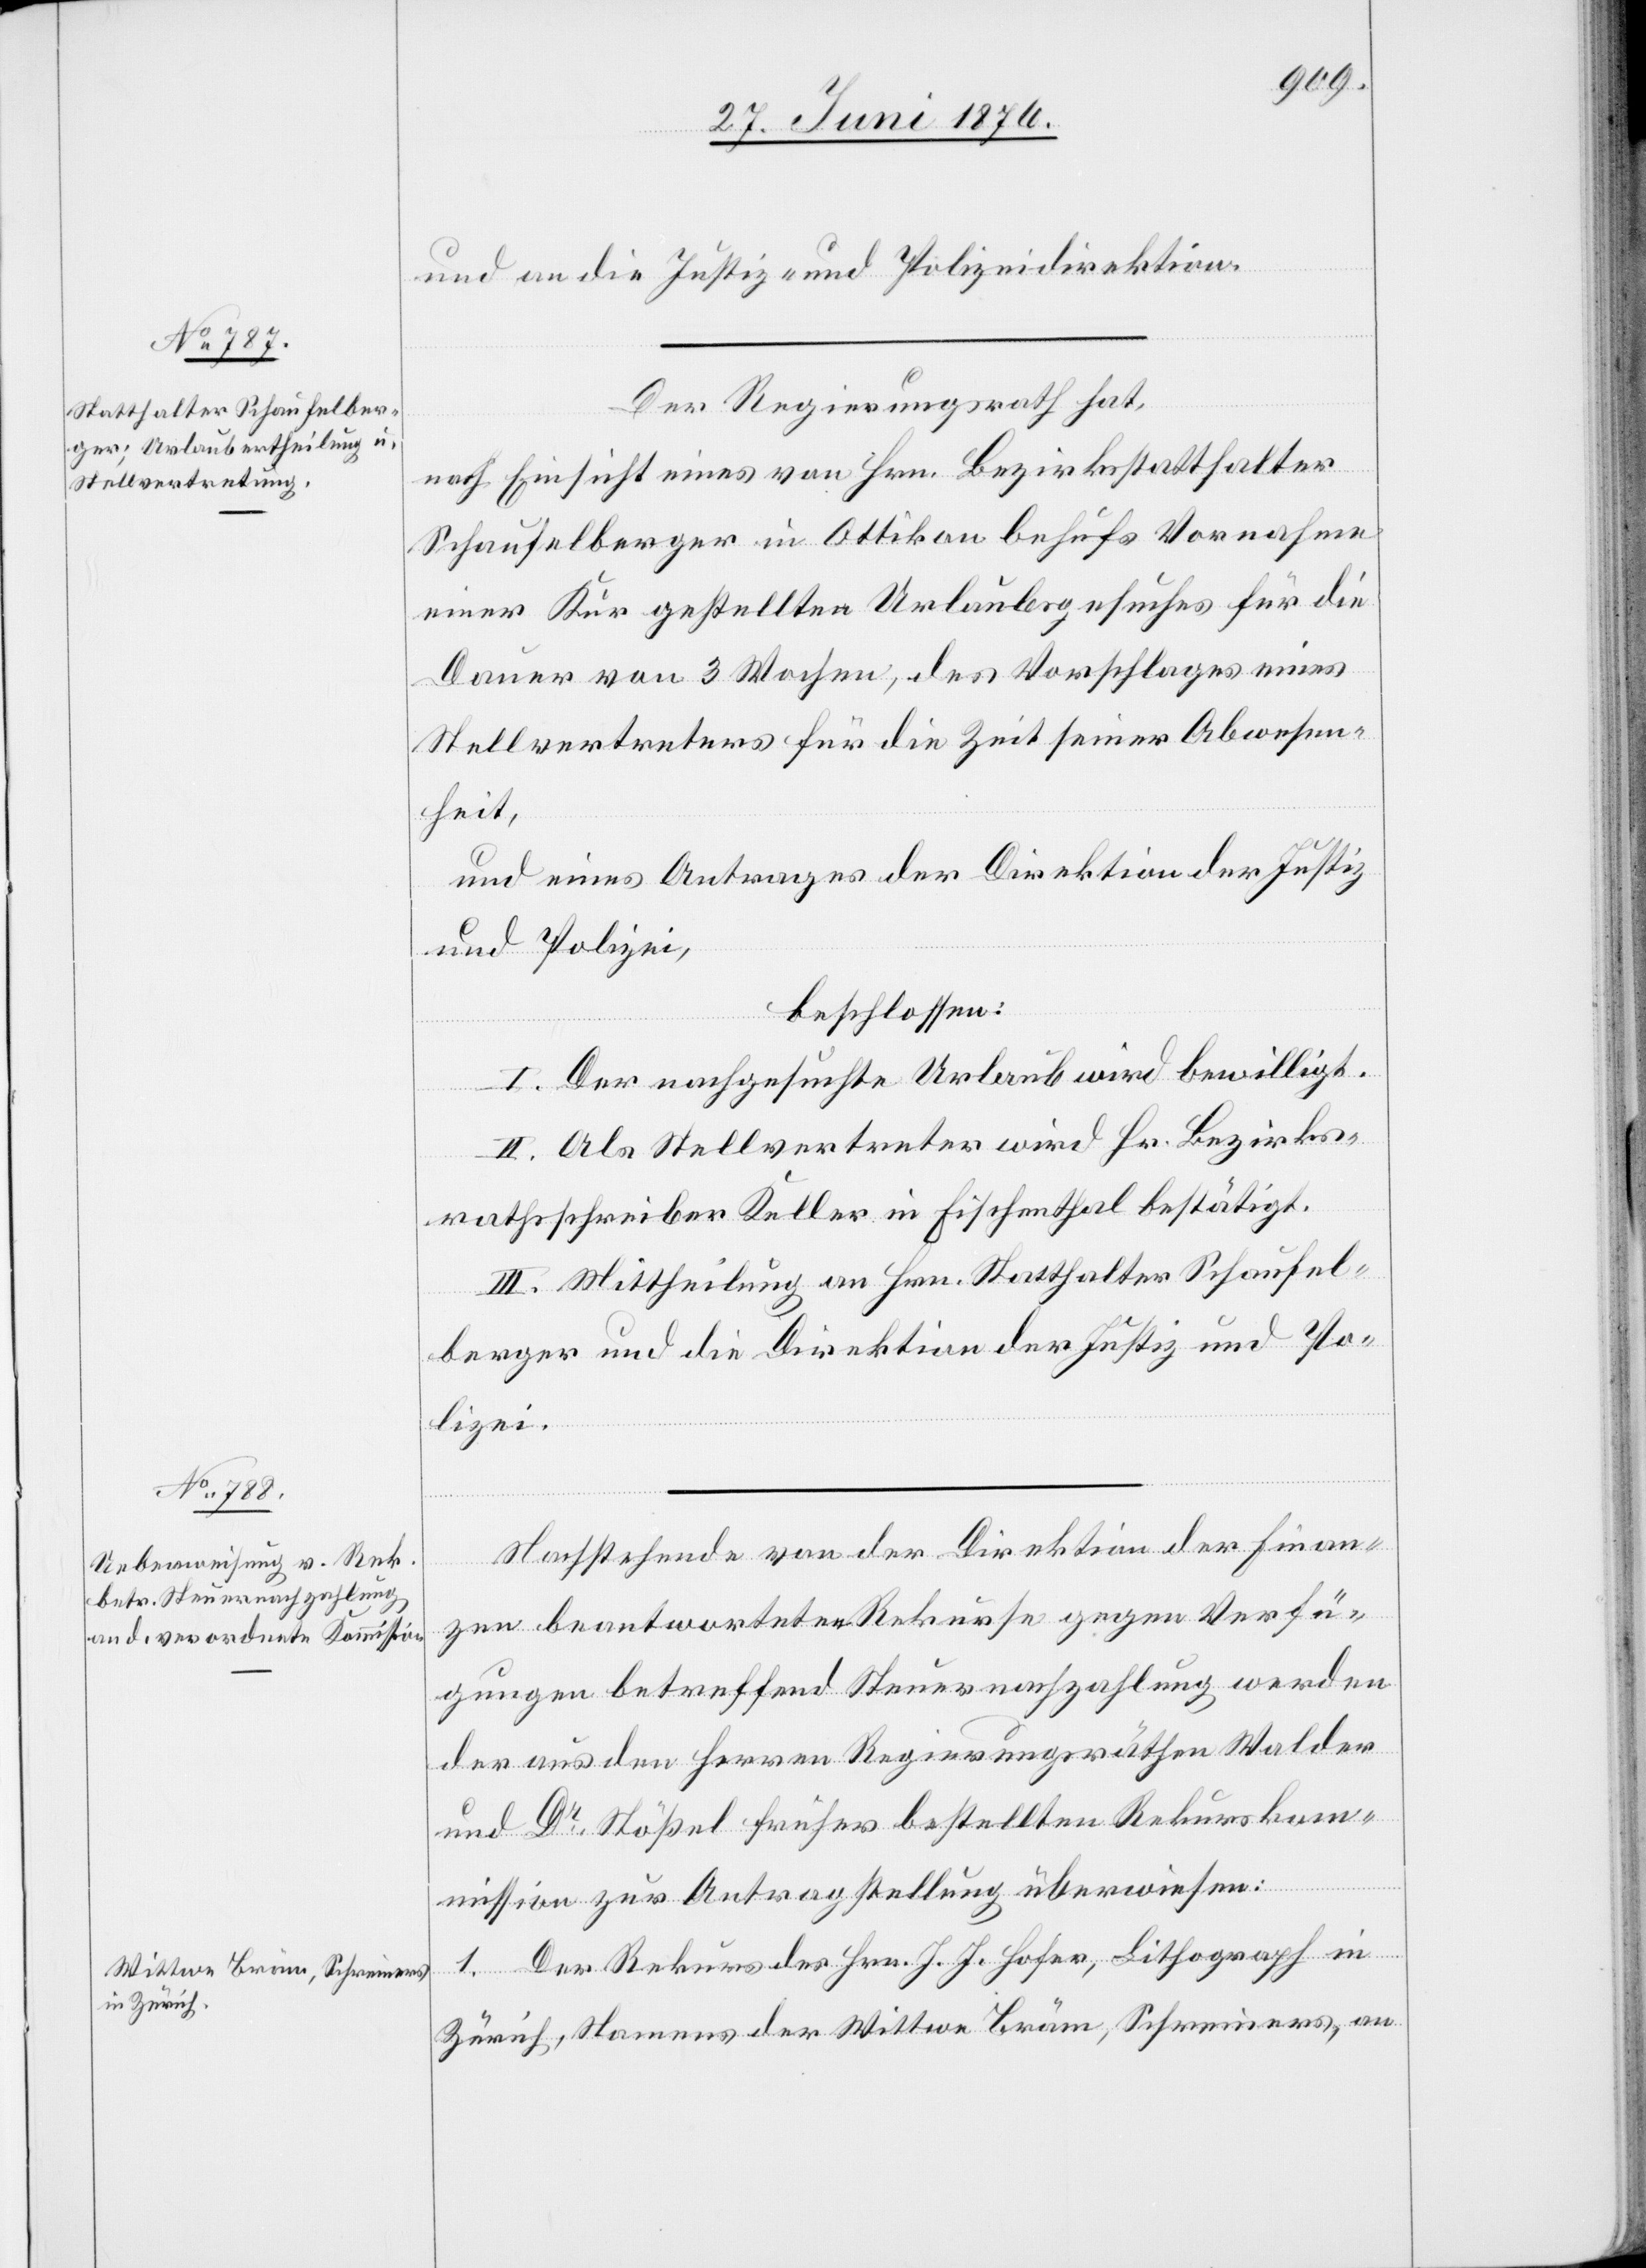
und die Justiz- und Polizeidirektion.
Der Regierungsrath hat
nach Einsicht eines von Hrn. Bezirksstatthalter
Schaufelberger in Ottikon behufs Vornahme
einer Kur gestellten Urlaubsgesuches für die
Dauer von 3 Wochen, des Vorschlages eines
Stellvertreters für die Zeit seiner Abwesen¬
heit,
und eines Antrages der Direktion der Justiz
und Polizei,
beschlossen:
I. Der nachgesuchte Urlaub wird bewilligt.
II. Als Stellvertreter wird Hr. Bezirks¬
rathsschreiber Keller in Fischenthal bestätigt.
III. Mittheilung an Hrn. Statthalter Schaufel¬
berger und an die Direktion der Justiz und Po¬
lizei.
Nachstehende von der Direktion der Finan¬
zen beantwortete Rekurse gegen Verfü¬
gungen betreffend Steuernachzahlung werden
der aus den Herren Regierungsräthen Walder
und Dr Stößel früher bestellten Rekurskom¬
mission zur Antragstellung überwiesen:
1. Der Rekurs des Hrn. J. J. Hofer, Lithograph in
Zürich, Namens der Wittwe Bräm, Schreiners, an